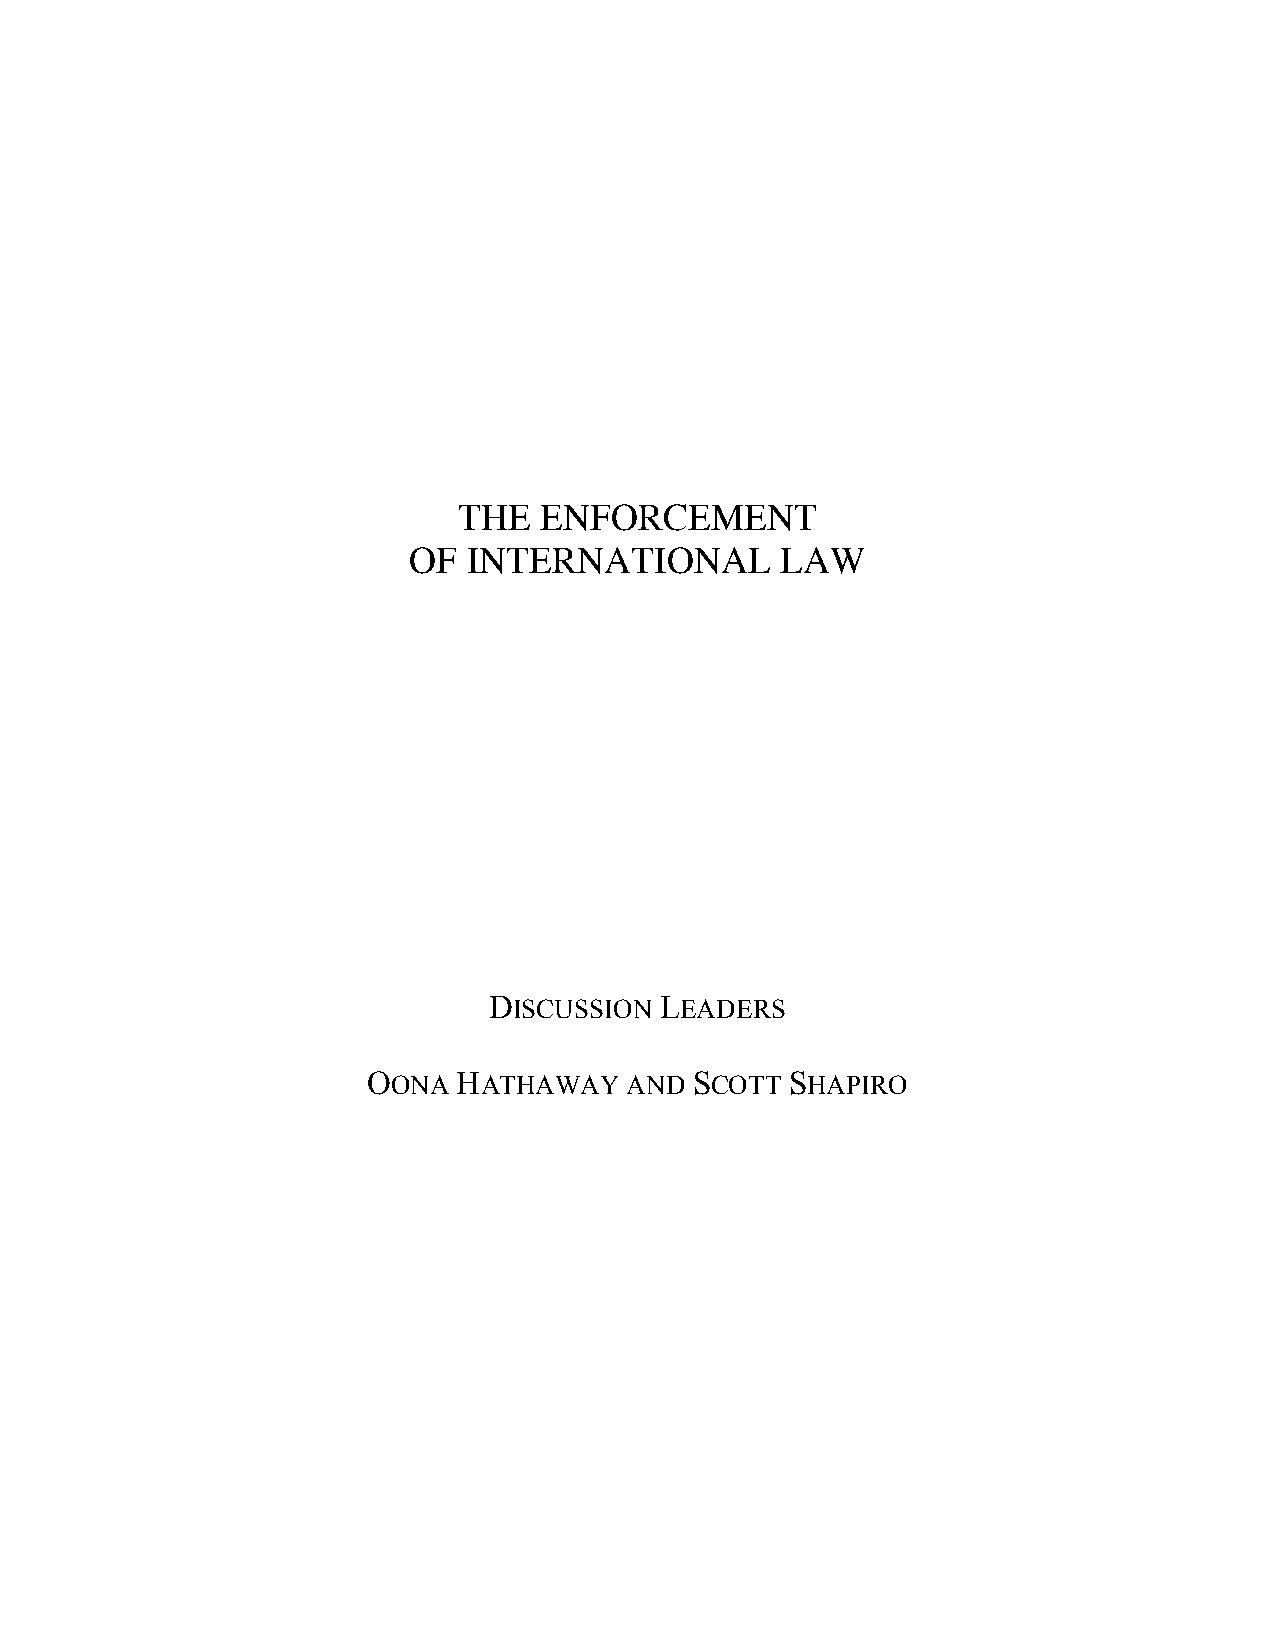
THE   ENFORCEMENT
 OF  INTERNATIONAL        LAW
 DISCUSSION  LEADERS
 OONA  HATHAWAY    AND SCOTT SHAPIRO